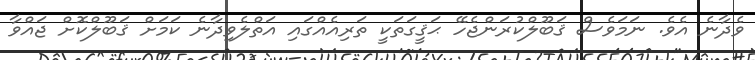
ވެދާނެ އެވެ. ނަމަވެސް ޤަބޫލްކުރަންޖެހޭ ޙަޤީގަތަކީ ތަރިއެއްގައި އަތްލެވިދާނެ ކަމަށް ޤަބޫލްކޮށް ޖައްވާ